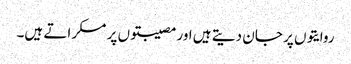
روایتوں پر جان دیتے ہیں اور مصیبتوں پر مسکراتے ہیں۔